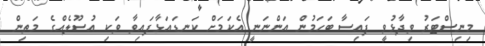
މިނިސްޓަރު ވިދާޅުވީ ފައިސާ ބަހަމުން އަންނަނީ އެކަމަށް ކަނޑައަޅާފައިވާ ވަކި އުސޫލެއްގެ މަތިން